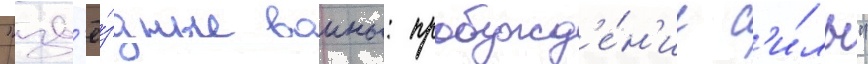
"зв'ё́здные воины: пробужд'е́н'ие с'и́лы"